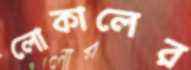
লোকালের